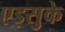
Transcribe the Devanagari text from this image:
एइसुके